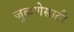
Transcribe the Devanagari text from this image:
जुळणेसाठी